Report on the lunatic asylums under the Government of Bombay - 1904-1913
Year: 1904
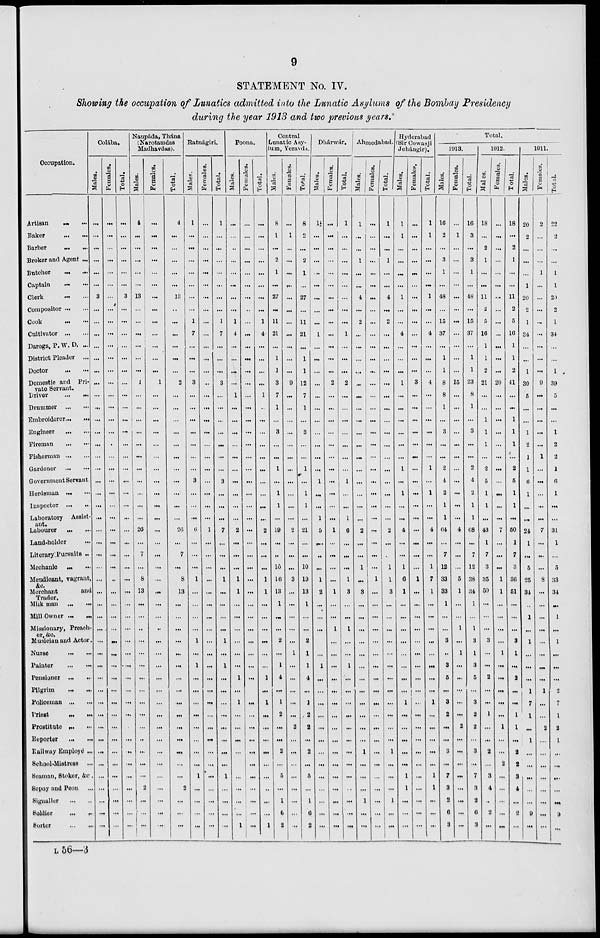
9
STATEMENT No. IV.
Showing the occupation of Lunatics admitted into the Lunatic Asylums of the Bombay Presidency
during the year 1913 and two previous years.
Occupation.
Artisan
...
...
Baker
...
...
Barber ... ...
Broker and Agent ...
Butcher
...
...
Captain
...
...
Clerk ... ...
Compositor ... ...
Cook
...
...
Cultivator
...
...
Daroga, P. W. D. ...
District Pleader ...
Doctor ... ...
Domestic and Pri-
vate Servant.
Driver
...
...
Drummer ... ...
Embroiderer...
...
Engineer
...
...
Fireman
...
...
Fisherman ... ...
Gardener
...
...
Government Servant
Herdsman
...
...
Inspector ...
...
Laboratory Assist-
ant.
Labourer ... ...
Land-holder ...
Literary Pursuits ...
Mechanic ... ...
Mendicant, vagrant,
&c.
Merchant
and
Trader.
Milk man
...
...
Mill Owner ...
...
Missionary, Preach-
er, &c.
Musician and Actor ...
Nurse ... ...
Painter
...
...
Pensioner ... ...
Pilgrim
...
...
Policeman ... ...
Priest
...
...
Prostitute ... ...
Reporter ... ...
Railway Employé ...
School-Mistress ...
Seaman, Stoker, &c ...
Sepoy and Peon ...
Signaller ... ...
Soldier
... ...
Sorter ... ...
Colába.
Males.
...
...
...
...
...
...
3
...
...
...
...
...
...
...
...
...
...
...
...
...
...
...
...
...
...
...
...
...
...
...
...
...
...
...
...
...
...
...
...
...
...
...
...
...
...
...
...
...
...
...
Females.
...
...
...
...
...
...
...
...
...
...
...
...
...
...
...
...
...
...
...
...
...
...
...
...
...
...
...
...
...
...
...
...
...
...
...
...
...
...
...
...
...
...
...
...
...
...
...
...
...
...
Total.
...
...
...
...
...
...
3
...
...
...
...
...
...
...
...
...
...
...
...
...
...
...
...
...
...
...
...
...
...
...
...
...
...
...
...
...
...
...
...
...
...
...
...
...
...
...
...
...
...
...
Naupáda, Thána
(Narotamdas
Madhavdas).
Males.
4
...
...
...
...
...
13
...
...
...
...
...
...
1
...
...
...
...
...
...
...
...
...
...
...
26
...
7
...
8
13
...
...
...
...
...
...
...
...
...
...
...
...
...
...
...
2
...
...
...
Females.
...
...
...
...
...
...
...
...
...
...
...
...
...
1
...
...
...
...
...
...
...
...
...
...
...
...
...
...
...
...
...
...
...
...
...
...
...
...
...
...
...
...
...
...
...
...
...
...
...
...
Total.
4
...
...
...
...
...
13
...
...
...
...
...
...
2
...
...
...
...
...
...
...
...
...
...
...
26
...
7
...
8
13
...
...
...
...
...
...
...
...
...
...
...
...
...
...
...
2
...
...
...
Ratnágiri.
Males.
1
...
...
...
...
...
...
...
1
7
...
...
...
3
...
...
...
...
...
...
...
3
...
...
...
6
...
...
...
1
...
...
...
...
1
...
1
...
...
...
...
...
...
...
...
1
...
...
...
...
Females.
...
...
...
...
...
...
...
...
...
...
...
...
...
...
...
...
...
...
...
...
...
...
...
...
...
1
...
...
...
...
...
...
...
...
...
...
...
...
...
...
...
...
...
...
...
...
...
...
...
...
Total.
1
...
...
...
...
...
...
...
1
7
...
...
...
3
...
...
...
...
...
...
...
3
...
...
...
7
...
...
...
1
...
...
...
...
1
...
1
...
...
...
...
...
...
...
...
1
...
...
...
...
Poona.
Males.
...
...
..
...
...
...
...
...
1
4
...
...
...
...
1
...
...
...
...
...
...
...
...
...
...
2
...
...
...
1
1
...
...
...
...
...
...
1
...
1
...
...
...
...
...
...
...
...
...
1
Females.
...
...
...
...
...
...
...
...
...
...
...
...
...
...
...
...
...
...
...
...
...
...
...
...
...
...
...
...
...
...
...
...
...
...
...
...
...
...
...
...
...
...
...
...
...
...
...
...
...
...
Total.
...
...
...
...
...
...
...
...
1
4
...
...
...
...
1
...
...
...
...
...
...
...
...
...
...
2
...
...
...
1
1
...
...
...
...
...
...
1
...
1
...
...
...
...
...
...
...
...
...
1
Central
Lunatic Asy-
lum, Yeravda.
Males.
8
1
...
2
1
...
27
...
11
21
...
1
1
3
7
1
...
3
...
...
1
...
1
1
...
19
...
...
10
16
13
1
...
...
2
...
1
4
...
1
2
...
...
2
...
5
...
1
6
2
Females.
...
1
...
...
...
...
...
...
...
...
...
...
...
9
...
...
...
...
...
...
...
...
...
...
...
2
...
...
...
3
...
...
...
...
...
1
...
...
...
...
...
2
...
...
...
...
...
...
...
...
Total.
8
2
...
2
1
...
27
...
11
21
...
1
1
12
7
1
...
3
...
...
1
...
1
1
...
21
...
...
10
19
13
1
...
...
2
1
1
4
...
1
2
2
...
2
...
5
...
1
6
2
Dhárwár.
Males.
1
...
...
...
...
...
...
...
...
1
...
...
...
...
...
...
...
...
...
...
...
1
...
...
1
5
...
...
...
1
2
...
...
...
...
...
1
...
...
...
...
...
...
...
...
...
...
...
...
...
Females.
...
...
...
...
...
...
...
...
...
...
...
...
...
2
...
...
...
...
...
...
...
...
...
...
...
1
...
...
...
...
1
...
...
1
...
...
...
...
...
...
...
...
...
...
...
...
...
...
...
...
Total.
1
...
...
...
...
...
...
...
...
1
...
...
...
2
...
...
...
...
...
...
...
1
...
...
1
6
...
...
...
1
3
...
...
1
...
...
1
...
...
...
...
...
...
...
...
...
...
...
...
...
Ahmedabad.
Males.
1
...
...
1
...
...
4
...
2
...
...
...
...
...
...
...
...
...
...
...
...
...
...
...
...
2
...
...
1
...
3
...
...
...
...
...
...
...
...
...
...
...
...
1
...
...
...
1
...
...
Females.
...
...
...
...
...
...
...
...
...
...
...
...
...
...
...
...
...
...
...
...
...
...
...
...
...
...
...
...
...
1
...
...
...
...
...
...
...
...
...
...
...
...
...
...
...
...
...
...
...
...
Total.
1
...
...
1
...
...
4
...
2
...
...
...
...
...
...
...
...
...
...
...
...
...
...
...
...
2
...
...
1
1
3
...
...
...
...
...
...
...
...
...
...
...
...
1
...
...
...
1
...
...
Hyderabad
(Sir Cowasji
Jehángir).
Males.
1
1
...
...
...
...
1
...
...
4
...
...
...
1
...
...
...
...
...
...
1
...
1
...
...
4
...
...
1
6
1
...
...
...
...
...
...
...
...
1
...
...
...
...
...
1
1
...
...
...
Females.
...
...
...
...
...
...
...
...
...
...
...
...
...
3
...
...
...
...
...
...
...
...
...
...
...
...
...
...
...
1
...
...
...
...
...
...
...
...
...
...
...
...
...
...
...
...
...
...
...
...
Total.
1
1
...
...
...
...
1
...
...
4
...
...
...
4
...
...
...
...
...
...
1
...
1
...
...
4
...
...
1
7
1
...
...
...
...
...
...
...
...
1
...
...
...
...
...
1
1
...
...
...
Total.
1913.
Males.
16
2
...
3
1
...
48
...
15
37
...
1
1
8
8
1
...
3
...
...
2
4
2
1
1
64
...
7
12
33
33
1
...
...
3
...
3
5
...
3
2
...
...
3
...
7
3
2
6
3
Females.
...
1
...
...
...
...
...
...
...
...
...
...
...
15
...
...
...
...
...
...
...
...
...
...
...
4
...
...
...
5
1
...
...
1
...
1
...
...
...
...
...
2
...
...
...
...
...
...
...
...
Total.
16
3
...
3
1
...
48
...
15
37
...
1
1
23
8
1
...
3
...
...
2
4
2
1
1
68
...
7
12
38
34
1
...
1
3
1
3
5
...
3
2
2
...
3
...
7
3
2
6
3
1912.
Males.
18
...
2
1
...
...
11
2
5
16
1
1
2
21
...
...
1
1
1
...
2
5
1
1
...
43
1
7
3
35
50
...
...
...
3
...
...
2
...
...
1
...
...
2
...
3
4
...
2
...
Females.
...
...
...
...
...
...
...
...
...
...
...
...
...
20
...
...
...
...
...
...
...
...
...
...
...
7
...
...
...
1
1
...
...
...
...
1
...
...
...
...
...
1
...
...
2
...
...
...
...
...
Total.
18
...
2
1
...
...
11
2
5
16
1
1
2
41
...
...
1
1
1
...
2
5
1
1
...
50
1
7
3
36
51
...
...
...
3
1
...
2
...
...
1
1
...
2
2
3
4
...
2
...
1911.
Males.
20
2
...
...
...
1
20
2
1
34
...
...
1
30
5
...
...
1
2
1
1
6
1
...
...
24
1
...
5
25
34
...
1
...
1
...
...
...
1
7
1
...
1
...
...
...
...
...
9
...
Females.
2
...
...
...
1
...
...
...
...
...
...
...
...
9
...
...
...
...
...
1
...
...
...
...
...
7
...
...
...
8
...
...
...
...
...
...
...
...
1
...
...
2
...
...
...
...
...
...
...
...
Total.
22
2
...
...
1
1
20
2
1
34
...
...
1
39
5
...
...
1
2
2
1
6
1
...
...
31
1
...
5
33
34
...
1
...
1
...
...
...
2
7
1
2
1
...
...
...
...
...
9
...
L 56—3